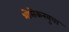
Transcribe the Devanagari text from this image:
भोसेकरबुवा